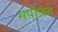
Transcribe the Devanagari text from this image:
मपोजय